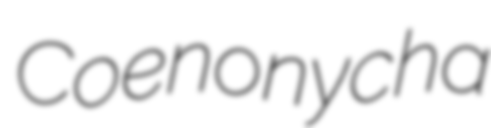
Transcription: Coenonycha